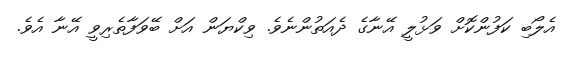
އެލޯބި ކަފުންކޮށް ވަޅުލީ އޭނާގެ ދެއަތުންނެވެ. ވިކްޔަން އަށް ބޭވަފާތެރިވީ އޭނާ އެވެ.